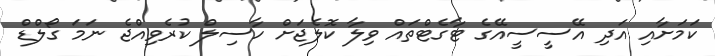
ކަމަށާއި އަދި އޭސީސީއޭގެ ޓާގެޓްތައް ވިލާ ކޮލެޖަށް ހާސިލް ކުރެވިއްޖެ ނަމަ ގޯލްޑް